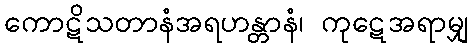
ကောဋိသတာနံအရဟန္တာနံ၊ ကုဋေအရာမျှ